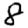
Digit: 8